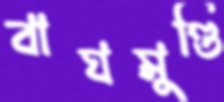
বাঘমুণ্ডি